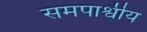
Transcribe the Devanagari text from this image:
समपार्श्वीय